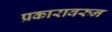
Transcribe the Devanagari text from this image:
प्रकारावरुन